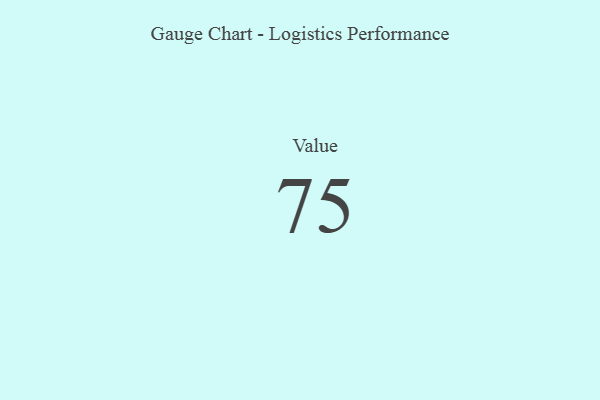
{"axis": {"x": "Metric", "y": "Value"}, "legend": [""], "data": [{"x": "Value", "y": 75, "type": ""}]}